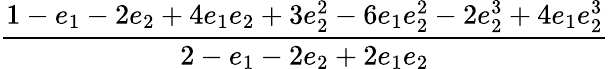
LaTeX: \displaystyle\frac{1-e_{1}-2e_{2}+4e_{1}e_{2}+3e_{2}^{2}-6e_{1}e_{2}^{2}-2e_{2}^{3}+4e_{1}e_{2}^{3}}{2-e_{1}-2e_{2}+2e_{1}e_{2}}